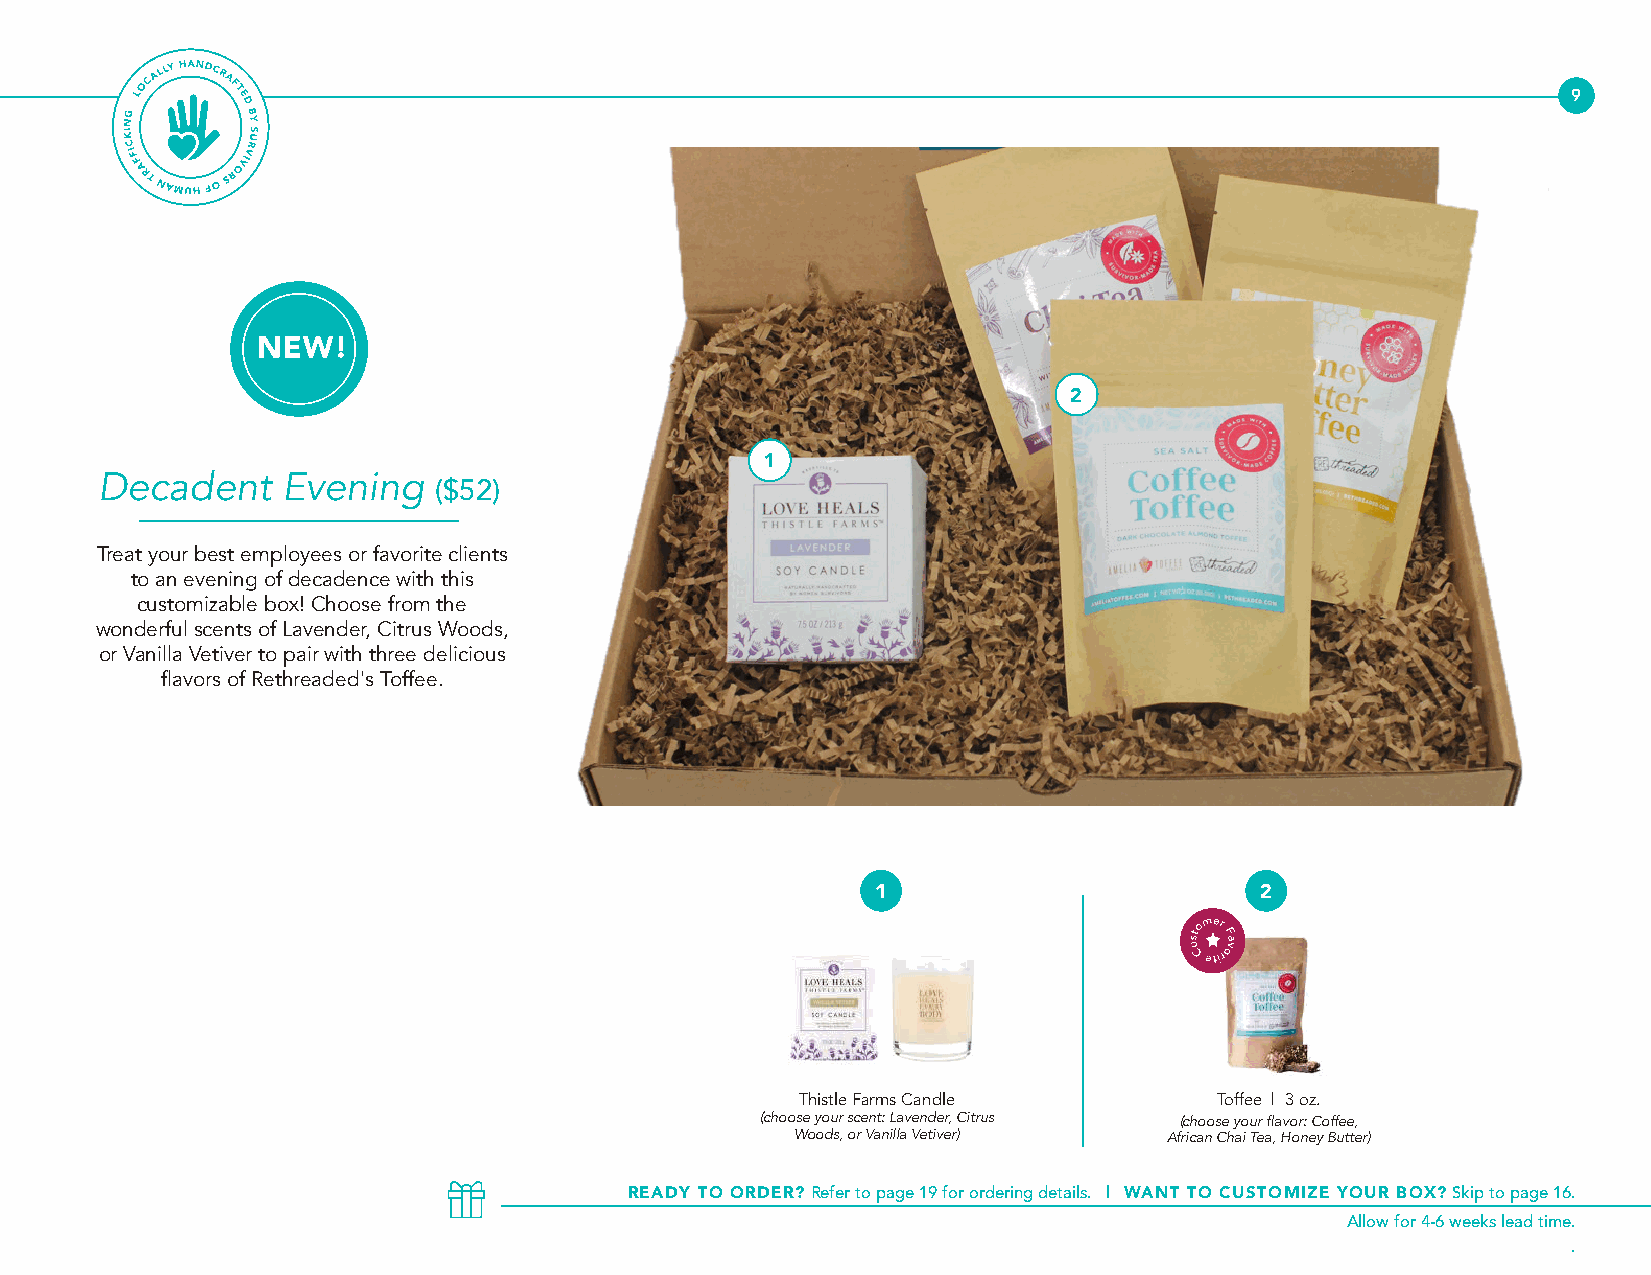
9
 2
 Decadent    Evening
 ($52)
 Treat your best employees or favorite clients
 to an evening of decadence with this
 2
 customizable box! Choose from the
 wonderful scents of Lavender, Citrus Woods,
 or Vanilla Vetiver to pair with three delicious
 flavors of Rethreaded's Toffee.
 1                        2
 Thistle Farms Candle        Toffee | 3 oz.
 (choose your scent: Lavender, Citrus (choose your flavor: Coffee,
 Woods, or Vanilla Vetiver) African Chai Tea, Honey Butter)
 READY TO ORDER? Refer to page 19 for ordering details. | WANT TO CUSTOMIZE YOUR BOX? Skip to page 16.
 Allow for 4-6 weeks lead time.
 .